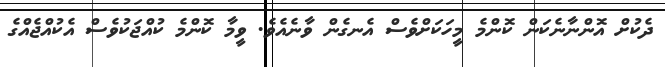
ދެކުށް އޮންނާނެކަން ކޮންމެ މީހަކަށްވެސް އެނގެން ވާނެއެވެ. ވީމާ ކޮންމެ ކުއްޖަކުވެސް އެކުއްޖެއްގެ